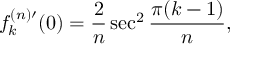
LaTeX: f _ { k } ^ { ( n ) \prime } ( 0 ) = \frac { 2 } { n } \sec ^ { 2 } \frac { \pi ( k - 1 ) } { n } ,